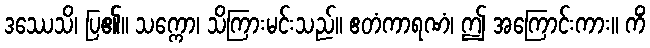
ဒဿေသိ၊ ပြ၏။ သက္ကော၊ သိကြားမင်းသည်။ ဧတံကာရဏံ၊ ဤ အကြောင်းကား။ ကိံ